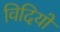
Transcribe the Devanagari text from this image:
विदियों